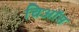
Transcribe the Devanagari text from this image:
चिऑस